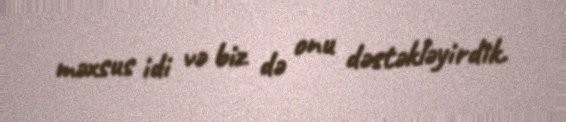
məxsus idi və biz də onu dəstəkləyirdik.